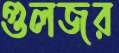
গুলজর